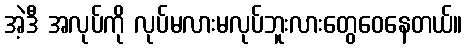
အဲ့ဒီ အလုပ်ကို လုပ်မလားမလုပ်ဘူးလားတွေဝေနေတယ်။